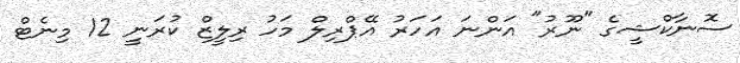
ސޮނާކްޝީގެ "ނޫރު" އަންނަ އަހަރު އޭޕްރިލް މަހު ރިލީޒް ކުރަނީ 12 މިނެޓް